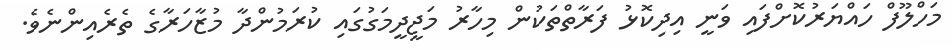
މަހްލޫފް ހައްޔަރުކޮށްފައި ވަނީ އިދިކޮޅު ފަރާތްތަކުން މިހާރު މަޖީދީމަގުގައި ކުރަމުންދާ މުޒާހަރާގެ ތެރެއިންނެވެ.